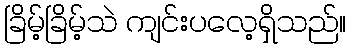
ခြိမ့်ခြိမ့်သဲ ကျင်းပလေ့ရှိသည်။